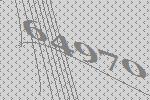
64970